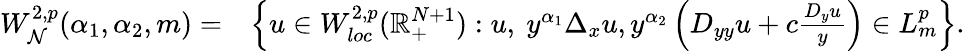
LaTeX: \begin{array}{rl}{W_{\mathcal N}^{2,p}(\alpha_{1},\alpha_{2},m)=}&{\left\{ u\in W_{loc}^{2,p}(\mathbb{R}_{+}^{N+1}):u,\ y^{\alpha_{1}}\Delta_{x}u,y^{\alpha_{2}}\left(D_{yy}u+c\frac{D_{y}u}y\right)\in L_{m}^{p}\right\} .}\end{array}